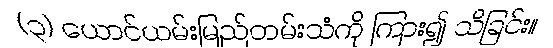
(၃) ယောင်ယမ်းမြည်တမ်းသံကို ကြား၍ သိခြင်း။